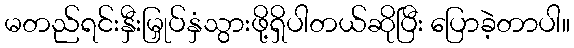
မတည်ရင်းနှီးမြှုပ်နှံသွားဖို့ရှိပါတယ်ဆိုပြီး ပြောခဲ့တာပါ။